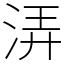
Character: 㳥